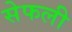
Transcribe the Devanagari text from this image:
सेफली